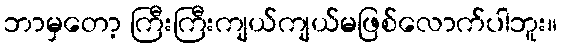
ဘာမှတော့ ကြီးကြီးကျယ်ကျယ်မဖြစ်လောက်ပါဘူး။